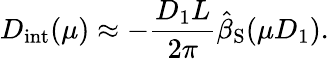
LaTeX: D_{\mathrm{int}}(\mu)\approx-\frac{D_{1}L}{2\pi}\hat{\beta}_{\mathrm{S}}(\mu D_{1}).